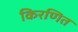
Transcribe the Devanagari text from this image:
किरणित